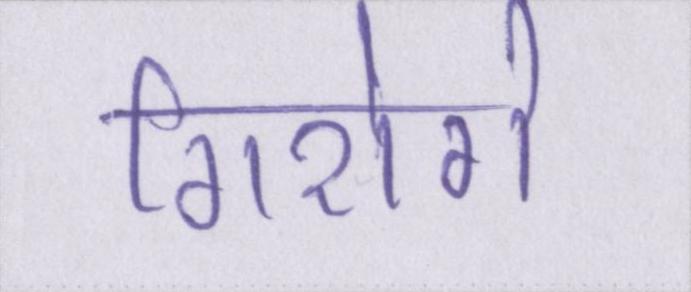
गिरोगे